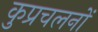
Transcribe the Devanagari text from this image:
कुप्रचलनों